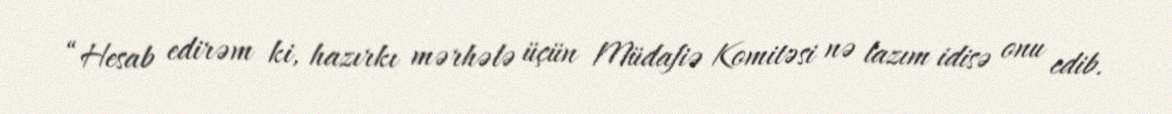
“Hesab edirəm ki, hazırkı mərhələ üçün Müdafiə Komitəsi nə lazım idisə onu edib.